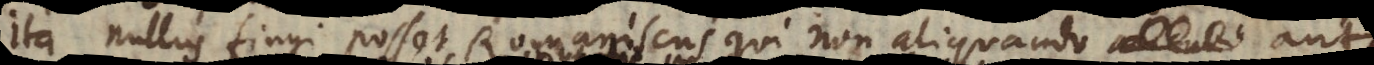
ndo nullus fingi posset Romaniscus, qui non aliquando alicubi aut